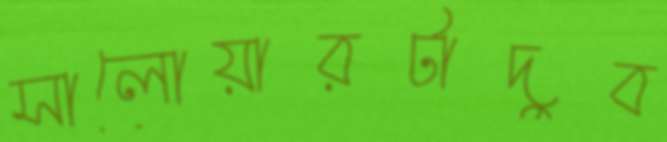
সালোয়ারটাদুব